Medical and sanitary report of the native army of Madras for the year
Year: 1877
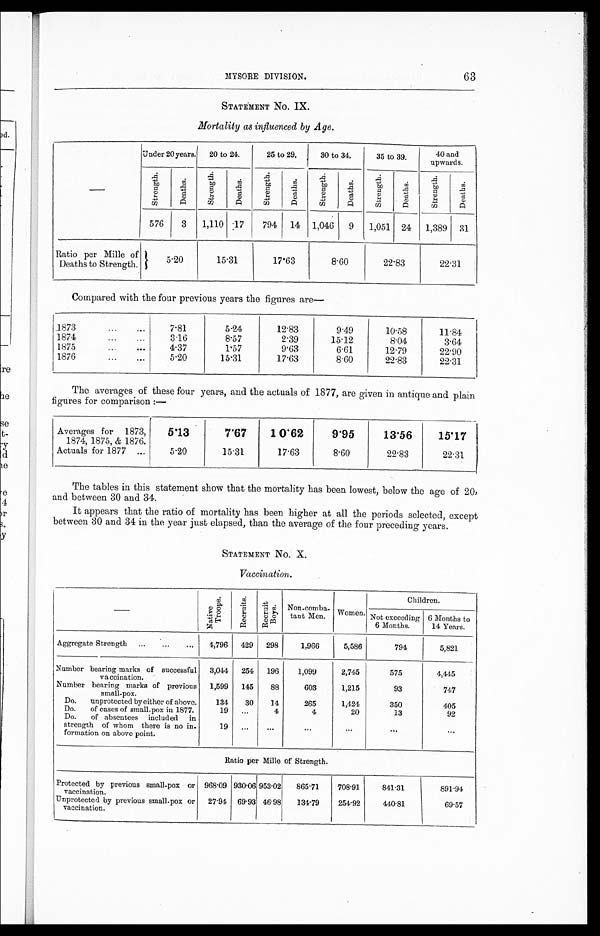
MYSORE DIVISION.
STATEMENT No. IX.
Mortality as influenced by Age.
Under 20 years.
20 to 24.
25 to 29.
30 to 34.
35 to 39.
40 and
upwards.
S t r e n g t h .
D e a t h s .
S t r e n g t h .
D e a t h s .
S t r e n g t h .
D e a t h s .
S t r e n g t h .
D e a t h s .
S t r e n g t h .
D e a t h s .
S t r e n g t h .
D e a t h s .
576
3
1,110 17
794
14
1,046
9
1,051
24
1,389
31
Ratio per Mille of
Deaths to Strength.
5·20
15·31
17·63
8·60
22·83
22·31
Compared with the four previous years the figures are
—
1873
...
...
7·81
5 · 2 4
12·83
9·49
10·58
11·84
1874
...
...
3·16
8·57
2·39
15·12
8·04
3·64
1875
...
...
4·37
1·57
9 · 6 3
6·61
12·79
22·90
1876
...
...
5·20
15·31
17·63
8·60
22·83
22·31
The averages of these four years, and the actuals of 1877, are given in antique and plain
figures for comparison:—
Averages for
1873,
1874, 1875, & 1876.
Actuals for 1877
...
5.13
7.67
1 0.62
9.95
13.56
15.17
5.20
15.31
17.63
8.60
22.83
22.31
The tables in this statement show that the mortality has been lowest, below the age of 20,
and between 30 and 34.
It appears that the ratio of mortality has been higher at all the periods selected, except
between 30 and 34 in the year just elapsed, than the average of the four preceding years.
STATEMENT No. X.
Vaccination.
N a t i v e T r o o p s .
Re c r u i t s .
Re c r ui t Boys .
Non-comba-
tant Men.
Women.
Children.
Not exceeding
6 Months.
6 Months to
14 Years.
Aggregate Strength
...
...
...
4,796
429
298
1,966
5,586
794
5,821
Number bearing marks of successful
vaccination.
3,014
254
196
1,099
2,745
575
4,445
Number bearing marks of previous
small-pox.
1,599
145
88
603
1,215
93
7 4 7
Do.
unprotected byeither of above.
134
30
14
265
1,424
350
405
Do.
of cases of small-pox in 1877.
19
...
4
4
20
13
92
Do.
of absentees included in
strength of whom there is no in-
formation on above point.
19
...
...
... ... ...
...
Ratio per Mille of Strength.
Protected by previous small-pox or
vaccination.
968.09 930.06 95.02
865.71
708.91
841.31
891.94
Unprotected by previous small-pox or
vaccination.
27.94 69.93 46.98
134.79
254.92
440.81
69.57